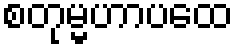
စတုမ္မဟာပထေ